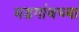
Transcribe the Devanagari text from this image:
मडगांवच्या